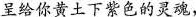
呈给你黄土下紫色的灵魂，